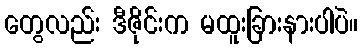
တွေလည်း ဒီဇိုင်းက မထူးခြားနားပါပဲ။